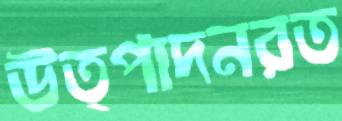
উত্পাদনরত